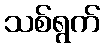
သစ်ရွက်